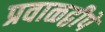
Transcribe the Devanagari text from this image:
प्रवाळद्वीपे